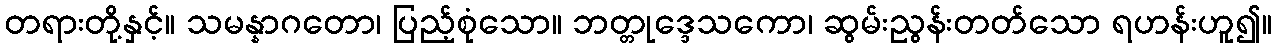
တရားတို့နှင့်။ သမန္နာဂတော၊ ပြည့်စုံသော။ ဘတ္တုဒ္ဒေသကော၊ ဆွမ်းညွန်းတတ်သော ရဟန်းဟူ၍။